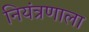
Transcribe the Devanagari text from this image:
नियंत्रणाला